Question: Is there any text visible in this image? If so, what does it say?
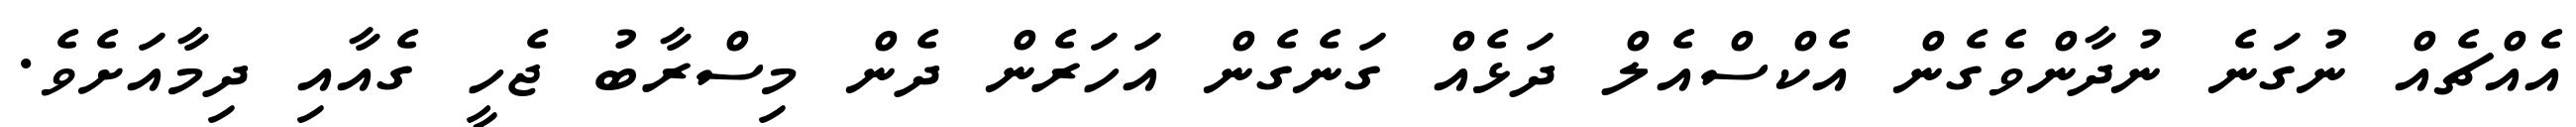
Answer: އެއްޗެއް ނުގަނެ ނުދާންވެގެން އެކްސްއެލް ދަޅެއް ގަނެގެން އަހަރެން ދެން މިސްރާބު ޖެހީ ގެއާއި ދިމާއަށެވެ.